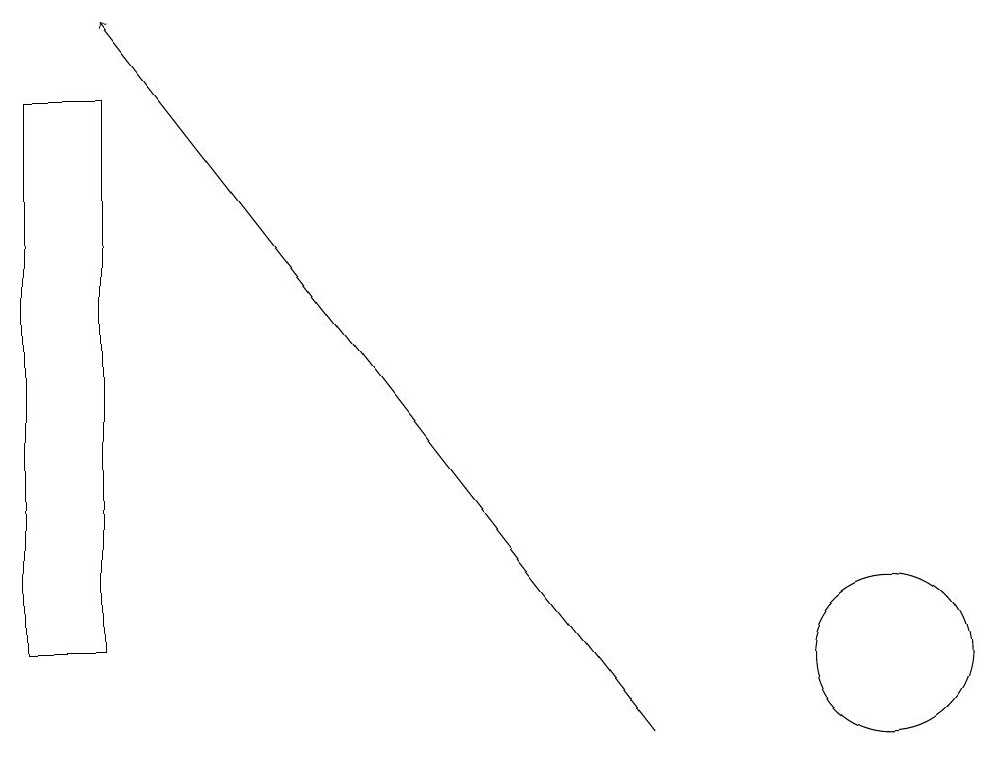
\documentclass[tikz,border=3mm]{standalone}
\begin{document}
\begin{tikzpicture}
\draw[->] (8,10) -- (1,19);
\draw (11,11) circle (1);
\draw (0,18) rectangle (1,11);
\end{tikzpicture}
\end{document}